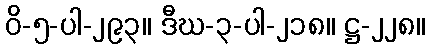
ဝိ-၅-ပါ-၂၉၃။ ဒီဃ-၃-ပါ-၂၁၈။ ဋ္ဌ-၂၂၈။